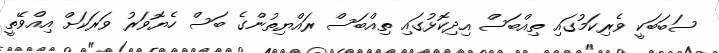
ސަބަބަކީ ވެރިކަމުގައި ތިއްބަސް އިދިކޮޅުގައި ތިއްބަސް ރައްޔިތުންގެ ބަސް ހެޔޮވަރު ވަރަކަށް އިއްވޭތީ